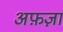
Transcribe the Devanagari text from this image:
अफ़ज़ा